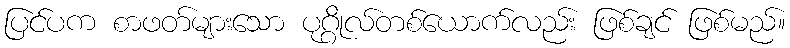
ပြင်ပက စာဖတ်များသော ပုဂ္ဂိုလ်တစ်ယောက်လည်း ဖြစ်ချင် ဖြစ်မည်။